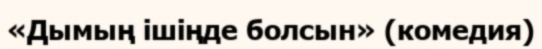
«Дымың ішіңде болсын» (комедия)